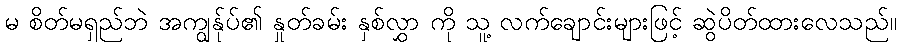
မ စိတ်မရှည်ဘဲ အကျွန်ုပ်၏ နှုတ်ခမ်း နှစ်လွှာ ကို သူ့ လက်ချောင်းများဖြင့် ဆွဲပိတ်ထားလေသည်။